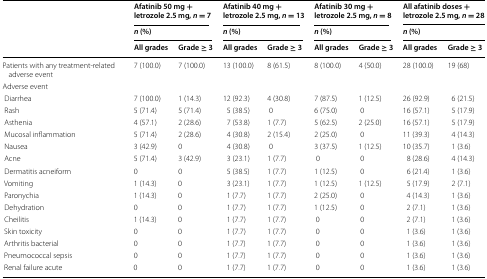
<table><thead><tr><td rowspan="3"></td><td colspan="2"><b>Afatinib 50 mg + letrozole 2.5 mg, <i>n</i> = 7</b></td><td colspan="2"><b>Afatinib 40 mg + letrozole 2.5 mg, <i>n</i> = 13</b></td><td colspan="2"><b>Afatinib 30 mg + letrozole 2.5 mg, <i>n</i> = 8</b></td><td colspan="2"><b>All afatinib doses + letrozole 2.5 mg, <i>n</i> = 28</b></td></tr><tr><td colspan="2"><b><i>n</i> (%)</b></td><td colspan="2"><b><i>n</i> (%)</b></td><td colspan="2"><b><i>n</i> (%)</b></td><td colspan="2"><b><i>n</i> (%)</b></td></tr><tr><td><b>All grades</b></td><td><b>Grade ≥ 3</b></td><td><b>All grades</b></td><td><b>Grade ≥ 3</b></td><td><b>All grades</b></td><td><b>Grade ≥ 3</b></td><td><b>All grades</b></td><td><b>Grade ≥ 3</b></td></tr></thead><tbody><tr><td>Patients with any treatment-related adverse event</td><td>7 (100.0)</td><td>7 (100.0)</td><td>13 (100.0)</td><td>8 (61.5)</td><td>8 (100.0)</td><td>4 (50.0)</td><td>28 (100.0)</td><td>19 (68)</td></tr><tr><td>Adverse event</td><td></td><td></td><td></td><td></td><td></td><td></td><td></td><td></td></tr><tr><td> Diarrhea</td><td>7 (100.0)</td><td>1 (14.3)</td><td>12 (92.3)</td><td>4 (30.8)</td><td>7 (87.5)</td><td>1 (12.5)</td><td>26 (92.9)</td><td>6 (21.5)</td></tr><tr><td> Rash</td><td>5 (71.4)</td><td>5 (71.4)</td><td>5 (38.5)</td><td>0</td><td>6 (75.0)</td><td>0</td><td>16 (57.1)</td><td>5 (17.9)</td></tr><tr><td> Asthenia</td><td>4 (57.1)</td><td>2 (28.6)</td><td>7 (53.8)</td><td>1 (7.7)</td><td>5 (62.5)</td><td>2 (25.0)</td><td>16 (57.1)</td><td>5 (17.9)</td></tr><tr><td> Mucosal inflammation</td><td>5 (71.4)</td><td>2 (28.6)</td><td>4 (30.8)</td><td>2 (15.4)</td><td>2 (25.0)</td><td>0</td><td>11 (39.3)</td><td>4 (14.3)</td></tr><tr><td> Nausea</td><td>3 (42.9)</td><td>0</td><td>4 (30.8)</td><td>0</td><td>3 (37.5)</td><td>1 (12.5)</td><td>10 (35.7)</td><td>1 (3.6)</td></tr><tr><td> Acne</td><td>5 (71.4)</td><td>3 (42.9)</td><td>3 (23.1)</td><td>1 (7.7)</td><td>0</td><td>0</td><td>8 (28.6)</td><td>4 (14.3)</td></tr><tr><td> Dermatitis acneiform</td><td>0</td><td>0</td><td>5 (38.5)</td><td>1 (7.7)</td><td>1 (12.5)</td><td>0</td><td>6 (21.4)</td><td>1 (3.6)</td></tr><tr><td> Vomiting</td><td>1 (14.3)</td><td>0</td><td>3 (23.1)</td><td>1 (7.7)</td><td>1 (12.5)</td><td>1 (12.5)</td><td>5 (17.9)</td><td>2 (7.1)</td></tr><tr><td> Paronychia</td><td>1 (14.3)</td><td>0</td><td>1 (7.7)</td><td>1 (7.7)</td><td>2 (25.0)</td><td>0</td><td>4 (14.3)</td><td>1 (3.6)</td></tr><tr><td> Dehydration</td><td>0</td><td>0</td><td>1 (7.7)</td><td>1 (7.7)</td><td>1 (12.5)</td><td>0</td><td>2 (7.1)</td><td>1 (3.6)</td></tr><tr><td> Cheilitis</td><td>1 (14.3)</td><td>0</td><td>1 (7.7)</td><td>1 (7.7)</td><td>0</td><td>0</td><td>2 (7.1)</td><td>1 (3.6)</td></tr><tr><td> Skin toxicity</td><td>0</td><td>0</td><td>1 (7.7)</td><td>1 (7.7)</td><td>0</td><td>0</td><td>1 (3.6)</td><td>1 (3.6)</td></tr><tr><td> Arthritis bacterial</td><td>0</td><td>0</td><td>1 (7.7)</td><td>1 (7.7)</td><td>0</td><td>0</td><td>1 (3.6)</td><td>1 (3.6)</td></tr><tr><td> Pneumococcal sepsis</td><td>0</td><td>0</td><td>1 (7.7)</td><td>1 (7.7)</td><td>0</td><td>0</td><td>1 (3.6)</td><td>1 (3.6)</td></tr><tr><td> Renal failure acute</td><td>0</td><td>0</td><td>1 (7.7)</td><td>1 (7.7)</td><td>0</td><td>0</td><td>1 (3.6)</td><td>1 (3.6)</td></tr></tbody></table>